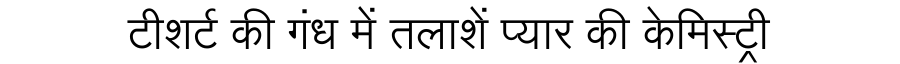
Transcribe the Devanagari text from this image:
टीशर्ट की गंध में तलाशें प्यार की केमिस्ट्री